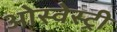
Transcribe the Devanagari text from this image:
ओस्वेस्ट्री